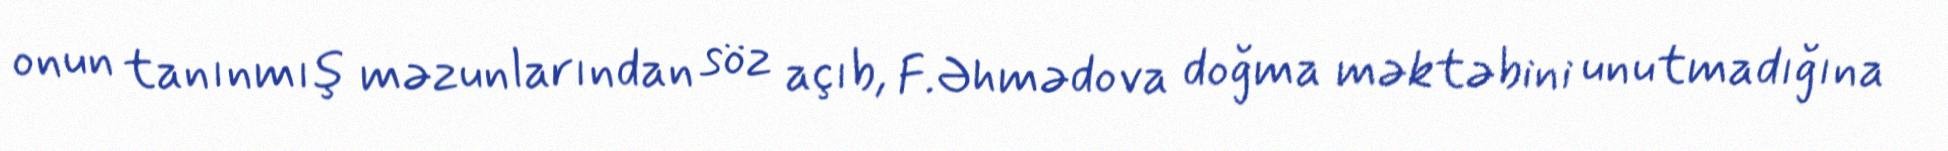
onun tanınmış məzunlarından söz açıb, F.Əhmədova doğma məktəbini unutmadığına